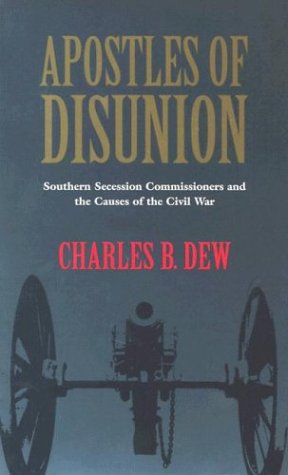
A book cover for Apostles of Disunion: Southern Secession Commissioners and the Causes of the Civil War (A Nation Divided: Studies in the Civil War Era); Charles B. Dew; History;